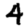
Digit: 4